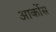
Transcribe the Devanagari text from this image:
आर्कोस